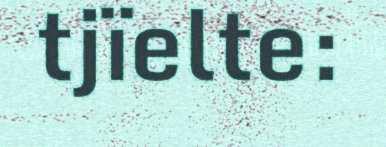
tjïelte: